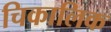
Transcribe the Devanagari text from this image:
चिकालिक